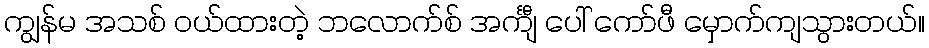
ကျွန်မ အသစ် ဝယ်ထားတဲ့ ဘလောက်စ် အင်္ကျီ ပေါ် ကော်ဖီ မှောက်ကျသွားတယ်။